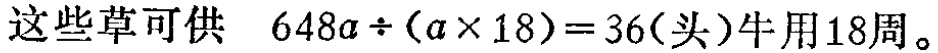
这些草可供 \(648a\div(a\times 18)=36(\text{头})\) 牛用18周。